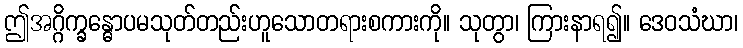
ဤအဂ္ဂိက္ခန္ဓောပမသုတ်တည်းဟူသောတရားစကားကို။ သုတွာ၊ ကြားနာရ၍။ ဒေဝသံဃာ၊